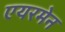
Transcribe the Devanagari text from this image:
एयरमेन